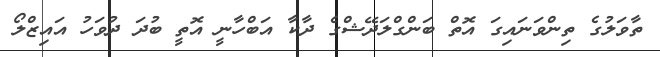
ތާވަލުގެ ތިންވަނައިގަ އޮތް ބަންގްލަދޭޝްގެ ދާކާ އަބްހާނީ އޮތީ ބުދަ ދުވަހު އައިޒްލޯ